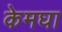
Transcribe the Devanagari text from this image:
केमघा